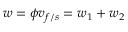
\boldsymbol { w } = \phi \boldsymbol { v } _ { f / s } = \boldsymbol { w } _ { 1 } + \boldsymbol { w } _ { 2 }